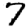
Digit: 7